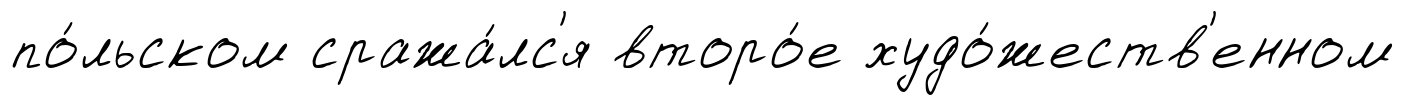
по́льском сража́лс'я второ́е худо́жеств'енном